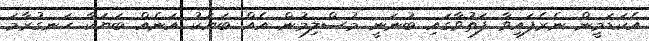
އެކަޑަމީން ނެރެފައިވާ ފަތުވާގައި ބުނަނީ މުސްލިމުން އެއް ބަޔަކު އަނެއް ބަޔަކާ ހަނގުރާމަ